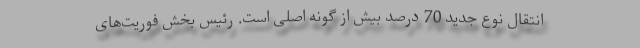
انتقال نوع جدید 70 درصد بیش از گونه اصلی است. رئیس بخش فوریت‌های